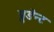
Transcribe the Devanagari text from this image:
प्रुडेन्ट